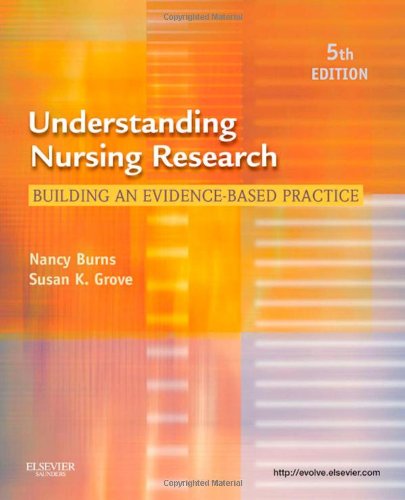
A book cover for Understanding Nursing Research: Building an Evidence-Based Practice, 5e; Nancy Burns PhD  RN  FCN  FAAN; Medical Books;